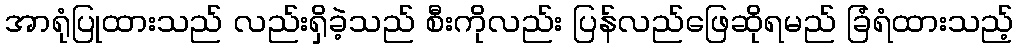
အာရုံပြုထားသည် လည်းရှိခဲ့သည် စီးကိုလည်း ပြန်လည်ဖြေဆိုရမည် ခြံရံထားသည့်